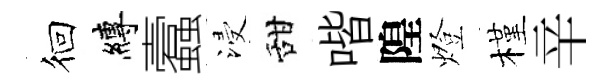
徊縛蠧浸甜喈隍燈槿辛